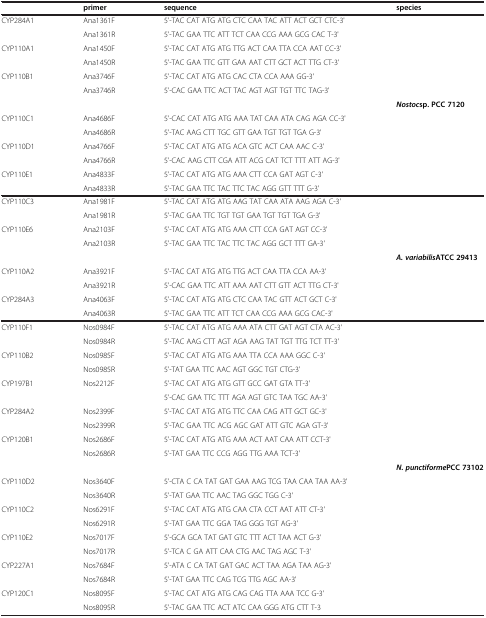
<table><thead><tr><td><b> </b></td><td><b>primer</b></td><td><b>sequence</b></td><td><b>species</b></td></tr></thead><tbody><tr><td rowspan="2">CYP284A1</td><td>Ana1361F</td><td>5&#x27;-TAC CAT ATG ATG CTC CAA TAC ATT ACT GCT CTC-3&#x27;</td><td> </td></tr><tr><td>Ana1361R</td><td>5&#x27;-TAC GAA TTC ATT TCT CAA CCG AAA GCG CAC T-3&#x27;</td><td> </td></tr><tr><td rowspan="2">CYP110A1</td><td>Ana1450F</td><td>5&#x27;-TAC CAT ATG ATG TTG ACT CAA TTA CCA AAT CC-3&#x27;</td><td> </td></tr><tr><td>Ana1450R</td><td>5&#x27;-TAC GAA TTC GTT GAA AAT CTT GCT ACT TTG CT-3&#x27;</td><td> </td></tr><tr><td rowspan="2">CYP110B1</td><td>Ana3746F</td><td>5&#x27;-TAC CAT ATG ATG CAC CTA CCA AAA GG-3&#x27;</td><td> </td></tr><tr><td>Ana3746R</td><td>5&#x27;-CAC GAA TTC ACT TAC AGT AGT TGT TTC TAG-3&#x27;</td><td> </td></tr><tr><td> </td><td> </td><td> </td><td><b><i>Nostoc</i></b><b>sp. PCC 7120</b></td></tr><tr><td rowspan="2">CYP110C1</td><td>Ana4686F</td><td>5&#x27;-CAC CAT ATG ATG AAA TAT CAA ATA CAG AGA CC-3&#x27;</td><td> </td></tr><tr><td>Ana4686R</td><td>5&#x27;-TAC AAG CTT TGC GTT GAA TGT TGT TGA G-3&#x27;</td><td> </td></tr><tr><td rowspan="2">CYP110D1</td><td>Ana4766F</td><td>5&#x27;-TAC CAT ATG ATG ACA GTC ACT CAA AAC C-3&#x27;</td><td> </td></tr><tr><td>Ana4766R</td><td>5&#x27;-CAC AAG CTT CGA ATT ACG CAT TCT TTT ATT AG-3&#x27;</td><td> </td></tr><tr><td>CYP110E1</td><td>Ana4833F</td><td>5&#x27;-TAC CAT ATG ATG AAA CTT CCA GAT AGT C-3&#x27;</td><td> </td></tr><tr><td> </td><td>Ana4833R</td><td>5&#x27;-TAC GAA TTC TAC TTC TAC AGG GTT TTT G-3&#x27;</td><td> </td></tr><tr><td rowspan="2">CYP110C3</td><td>Ana1981F</td><td>5&#x27;-TAC CAT ATG ATG AAG TAT CAA ATA AAG AGA C-3&#x27;</td><td> </td></tr><tr><td>Ana1981R</td><td>5&#x27;-TAC GAA TTC TGT TGT GAA TGT TGT TGA G-3&#x27;</td><td> </td></tr><tr><td rowspan="2">CYP110E6</td><td>Ana2103F</td><td>5&#x27;-TAC CAT ATG ATG AAA CTT CCA GAT AGT CC-3&#x27;</td><td> </td></tr><tr><td>Ana2103R</td><td>5&#x27;-TAC GAA TTC TAC TTC TAC AGG GCT TTT GA-3&#x27;</td><td> </td></tr><tr><td> </td><td> </td><td> </td><td><b><i>A. variabilis</i></b><b>ATCC 29413</b></td></tr><tr><td rowspan="2">CYP110A2</td><td>Ana3921F</td><td>5&#x27;-TAC CAT ATG ATG TTG ACT CAA TTA CCA AA-3&#x27;</td><td> </td></tr><tr><td>Ana3921R</td><td>5&#x27;-CAC GAA TTC ATT AAA AAT CTT GTT ACT TTG CT-3&#x27;</td><td> </td></tr><tr><td>CYP284A3</td><td>Ana4063F</td><td>5&#x27;-TAC CAT ATG ATG CTC CAA TAC GTT ACT GCT C-3&#x27;</td><td> </td></tr><tr><td> </td><td>Ana4063R</td><td>5&#x27;-TAC GAA TTC ATT TCT CAA CCG AAA GCG CAC-3&#x27;</td><td> </td></tr><tr><td rowspan="2">CYP110F1</td><td>Nos0984F</td><td>5&#x27;-TAC CAT ATG ATG AAA ATA CTT GAT AGT CTA AC-3&#x27;</td><td> </td></tr><tr><td>Nos0984R</td><td>5&#x27;-TAC AAG CTT AGT AGA AAG TAT TGT TTG TCT TT-3&#x27;</td><td> </td></tr><tr><td rowspan="2">CYP110B2</td><td>Nos0985F</td><td>5&#x27;-TAC CAT ATG ATG AAA TTA CCA AAA GGC C-3&#x27;</td><td> </td></tr><tr><td>Nos0985R</td><td>5&#x27;-TAT GAA TTC AAC AGT GGC TGT CTG-3&#x27;</td><td> </td></tr><tr><td rowspan="2">CYP197B1</td><td>Nos2212F</td><td>5&#x27;-TAC CAT ATG ATG GTT GCC GAT GTA TT-3&#x27;</td><td> </td></tr><tr><td> </td><td>5&#x27;-CAC GAA TTC TTT AGA AGT GTC TAA TGC AA-3&#x27;</td><td> </td></tr><tr><td rowspan="2">CYP284A2</td><td>Nos2399F</td><td>5&#x27;-TAC CAT ATG ATG TTC CAA CAG ATT GCT GC-3&#x27;</td><td> </td></tr><tr><td>Nos2399R</td><td>5&#x27;-TAC GAA TTC ACG AGC GAT ATT GTC AGA GT-3&#x27;</td><td> </td></tr><tr><td rowspan="2">CYP120B1</td><td>Nos2686F</td><td>5&#x27;-TAC CAT ATG ATG AAA ACT AAT CAA ATT CCT-3&#x27;</td><td> </td></tr><tr><td>Nos2686R</td><td>5&#x27;-TAT GAA TTC CCG AGG TTG AAA TCT-3&#x27;</td><td> </td></tr><tr><td> </td><td> </td><td> </td><td><b><i>N. punctiforme</i></b><b>PCC 73102</b></td></tr><tr><td rowspan="2">CYP110D2</td><td>Nos3640F</td><td>5&#x27;-CTA C CA TAT GAT GAA AAG TCG TAA CAA TAA AA-3&#x27;</td><td> </td></tr><tr><td>Nos3640R</td><td>5&#x27;-TAT GAA TTC AAC TAG GGC TGG C-3&#x27;</td><td> </td></tr><tr><td rowspan="2">CYP110C2</td><td>Nos6291F</td><td>5&#x27;-TAC CAT ATG ATG CAA CTA CCT AAT ATT CT-3&#x27;</td><td> </td></tr><tr><td>Nos6291R</td><td>5&#x27;-TAT GAA TTC GGA TAG GGG TGT AG-3&#x27;</td><td> </td></tr><tr><td rowspan="2">CYP110E2</td><td>Nos7017F</td><td>5&#x27;-GCA GCA TAT GAT GTC TTT ACT TAA ACT G-3&#x27;</td><td> </td></tr><tr><td>Nos7017R</td><td>5&#x27;-TCA C GA ATT CAA CTG AAC TAG AGC T-3&#x27;</td><td> </td></tr><tr><td rowspan="2">CYP227A1</td><td>Nos7684F</td><td>5&#x27;-ATA C CA TAT GAT GAC ACT TAA AGA TAA AG-3&#x27;</td><td> </td></tr><tr><td>Nos7684R</td><td>5&#x27;-TAT GAA TTC CAG TCG TTG AGC AA-3&#x27;</td><td> </td></tr><tr><td>CYP120C1</td><td>Nos8095F</td><td>5&#x27;-TAC CAT ATG ATG CAG CAG TTA AAA TCC G-3&#x27;</td><td> </td></tr><tr><td> </td><td>Nos8095R</td><td>5&#x27;-TAC GAA TTC ACT ATC CAA GGG ATG CTT T-3</td><td> </td></tr></tbody></table>